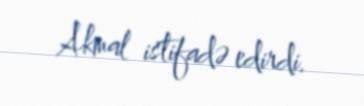
Akmal istifadə edirdi.